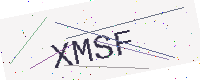
Text: XMSF